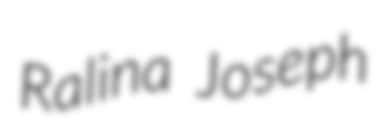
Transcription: Ralina Joseph